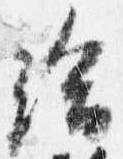
給